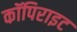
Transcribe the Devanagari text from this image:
कॉपिराइट